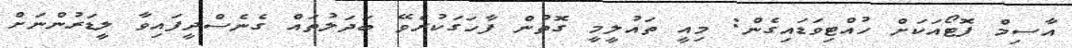
އާސިމް ފޮޓޯއަކަށް ހުއްޓިވަޑައިގެން: މިއީ ތައުލީމީ ގޮތުން ފާހަގަކުރެވޭ ބަދަލުތައް ގެނެސްދީފައިވާ ލީޑަރުންނަށް